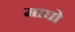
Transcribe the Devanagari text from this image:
माघो